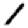
Digit: 1